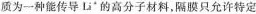
质为一种能传导Li^{＆}的高分子材料，隔膜只允许特定